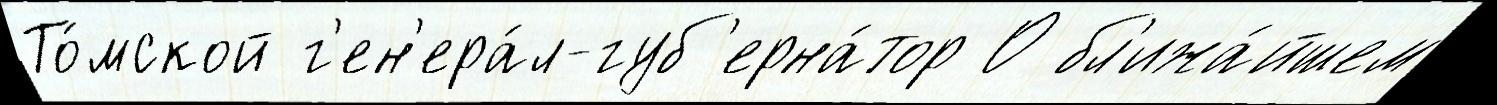
То́мской г'ен'ера́л-губ'ерна́тор О бл'ижа́йшем